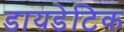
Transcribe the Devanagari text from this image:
डायडेटिक